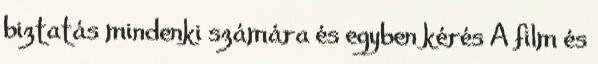
biztatás mindenki számára és egyben kérés A film és